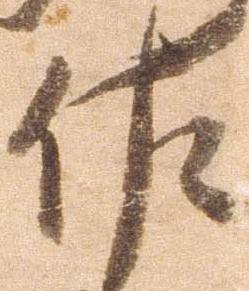
佐